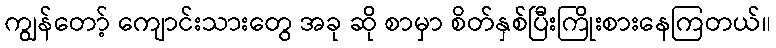
ကျွန်တော့် ကျောင်းသားတွေ အခု ဆို စာမှာ စိတ်နှစ်ပြီးကြိုးစားနေကြတယ်။